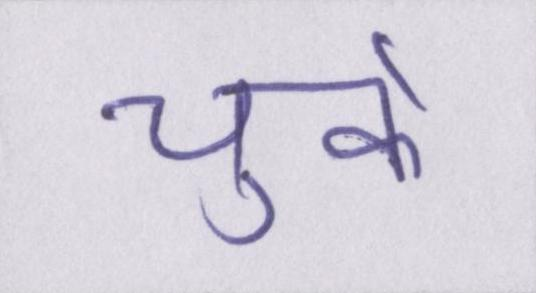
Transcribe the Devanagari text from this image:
चुके